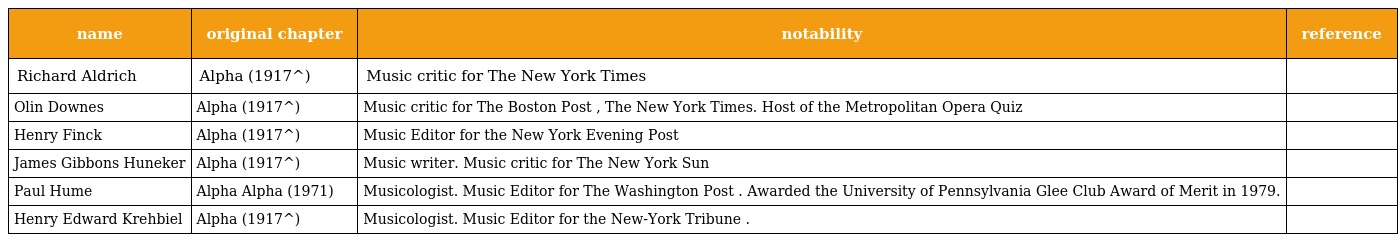
| name | original chapter | notability | reference |
 | --- | --- | --- | --- |
 | Richard Aldrich | Alpha (1917^) | Music critic for The New York Times |  |
 | Olin Downes | Alpha (1917^) | Music critic for The Boston Post , The New York Times. Host of the Metropolitan Opera Quiz |  |
 | Henry Finck | Alpha (1917^) | Music Editor for the New York Evening Post |  |
 | James Gibbons Huneker | Alpha (1917^) | Music writer. Music critic for The New York Sun |  |
 | Paul Hume | Alpha Alpha (1971) | Musicologist. Music Editor for The Washington Post . Awarded the University of Pennsylvania Glee Club Award of Merit in 1979. |  |
 | Henry Edward Krehbiel | Alpha (1917^) | Musicologist. Music Editor for the New-York Tribune . |  |